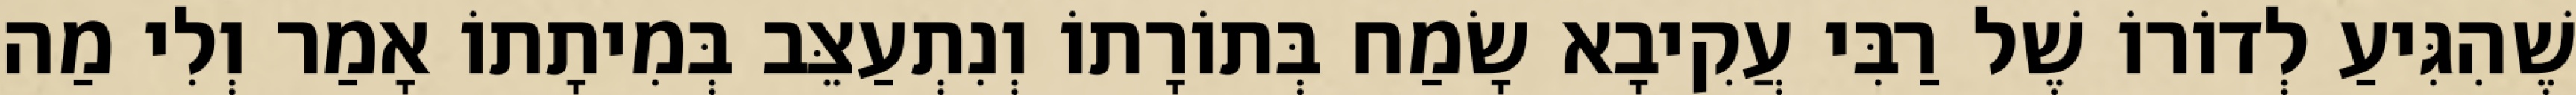
שֶׁהִגִּיעַ לְדוֹרוֹ שֶׁל רַבִּי עֲקִיבָא שָׂמַח בְּתוֹרָתוֹ וְנִתְעַצֵּב בְּמִיתָתוֹ אָמַר וְלִי מַה